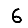
Digit: 6